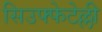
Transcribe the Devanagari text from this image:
सिउफ्फेटेल्ली